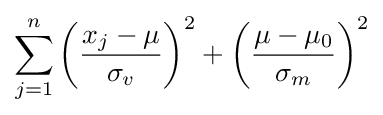
\sum _{j=1}^{n}\left({\frac {x_{j}-\mu }{\sigma _{v}}}\right)^{2}+\left({\frac {\mu -\mu _{0}}{\sigma _{m}}}\right)^{2}